Vaccine operations Central Provinces & Berar 1922-1929 - 1922-1929
Year: 1922
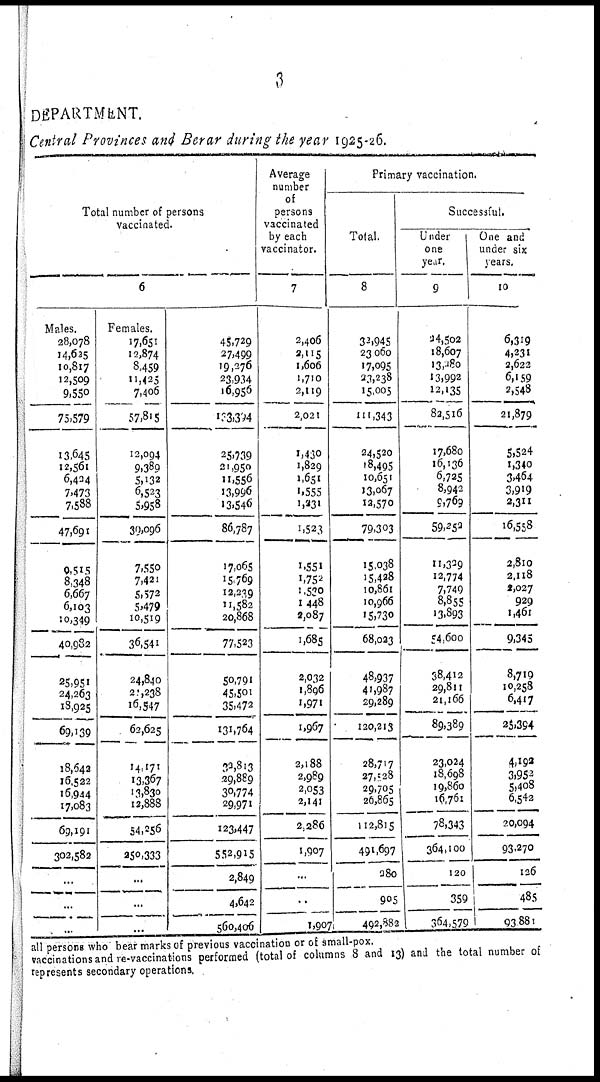
3
DEPARTMENT.
Central Provinces and Berar during the year 1925-26.
Total number of persons
vaccinated.
6
Males.
28,078
14,625
10,817
12,509
9,550
75,579
13,645
12,561
6,434
7,473
7,588
47,691
9,515
8,348
6,667
6,103
10,349
40,982
25,951
24,263
18,925
69,139
18,642
16,522
16,944
17,083
69,191
303,582
...
...
...
Females.
17,651
12,874
8,459
11,425
7,406
57,815
12,094
9,389
5,132
6,523
5,958
30,096
7,550
7,421
5,572
5,479
10,519
36,541
24,840
21,238
16,547
62,625
14,171
13,367
13,830
12,888
54,256
350,333
...
...
...
45,729
27,499
19,276
23,934
16,956
133,394
25,739
21,950
11,556
13,996
13,546
86,787
17,065
15,769
12,239
11,582
20,868
77,523
50,791
45,501
35,472
131,764
32,813
29,889
30,774
29,971
123,447
552,915
2,849
4,642
560,406
Average
number
of
persons
vaccinated
by each
vaccinator.
7
2,406
2,115
1,606
1,710
2,119
2,021
1,430
1,829
1,651
1,555
1,231
1,523
1,551
1,752
1,530
1,448
3,087
1,685
2,032
1,896
1,971
1,967
2,188
2,989
2,053
2,141
2,286
1,907
...
...
1,907
Primary vaccination.
Total.
8
32,945
23,060
17,095
23,238
15,005
111,343
24,520
18,495
10,651
13,067
12,570
79,303
15,038
15,428
10,861
10,966
15,730
68,023
48,937
41,987
29,289
120,213
28,717
27,528
29,705
26,865
112,815
491,697
280
905
492,882
Successful.
Under
one
year.
9
24,502
18,607
13,480
13,992
12,135
82,516
17,680
16,136
6,725
8,942
9,769
59,252
11,329
12,774
7,749
8,855
13,893
54,600
38,412
29,811
21,166
89,389
23,024
18,698
19,860
16,761
78,343
364,100
120
359
364,579
One and
under six
years.
10
6,319
4,231
2,622
6,159
2,548
21,879
5,524
1,340
3,464
3,919
2,311
16,558
2,810
2,118
2,027
929
1,461
9,345
8,719
10,258
6,417
25,394
4,192
3,952
5,408
6,542
20,094
93,270
126
485
93,881
all persons who bear marks of previous vaccination or of small-pox.
vaccinations and re-vaccinations performed (total of columns 8 and 13) and the total number of
represents secondary operations.